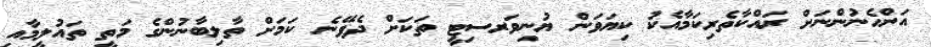
އަންހެނުންނަށް ރައްކާތެރިކަމާއެކު ކިޔަވަން ޔުނިވަރސިޓީ ތަކަށް ދެވޭނެ ކަމަށް ތާލިބާނުންގެ މަތީ ތައުލީމާއި